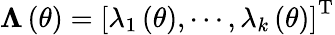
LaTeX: {\mathbf\Lambda}\left(\theta\right)=\left[\lambda_{1}\left(\theta\right),\cdots,\lambda_{k}\left(\theta\right)\right]^{\mathrm{T}}